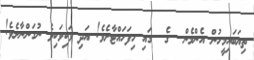
ތިޔަބައިމީހުން އެންމެން  ގެ  ގައި ހިފަހައްޓާށެވެ! އަދި ވަކިވަކިވެ ނުގަންނާށެވެ!